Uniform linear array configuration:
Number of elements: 4
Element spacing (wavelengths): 0.5
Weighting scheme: binomial
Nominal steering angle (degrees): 15
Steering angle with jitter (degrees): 13.394
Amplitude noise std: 0.05
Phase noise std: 0.05

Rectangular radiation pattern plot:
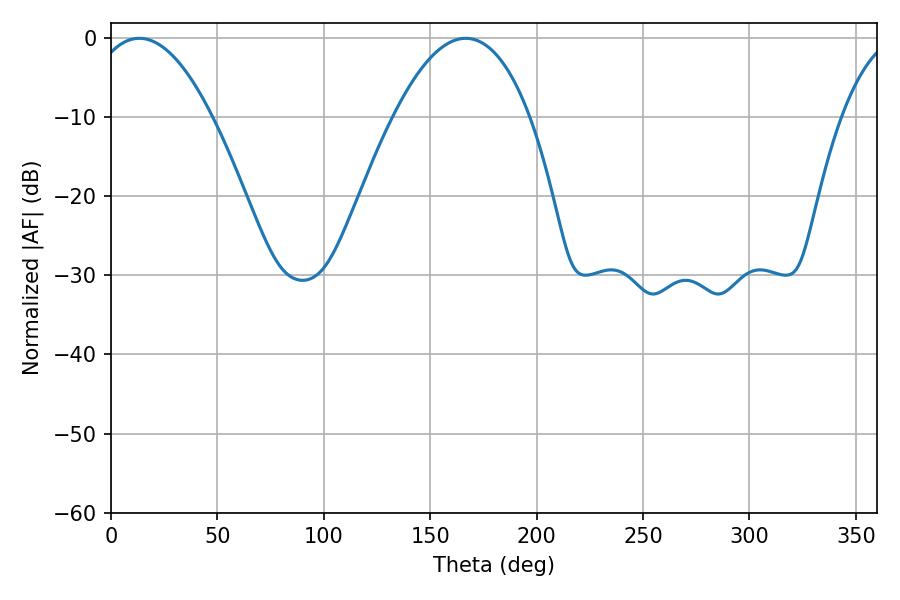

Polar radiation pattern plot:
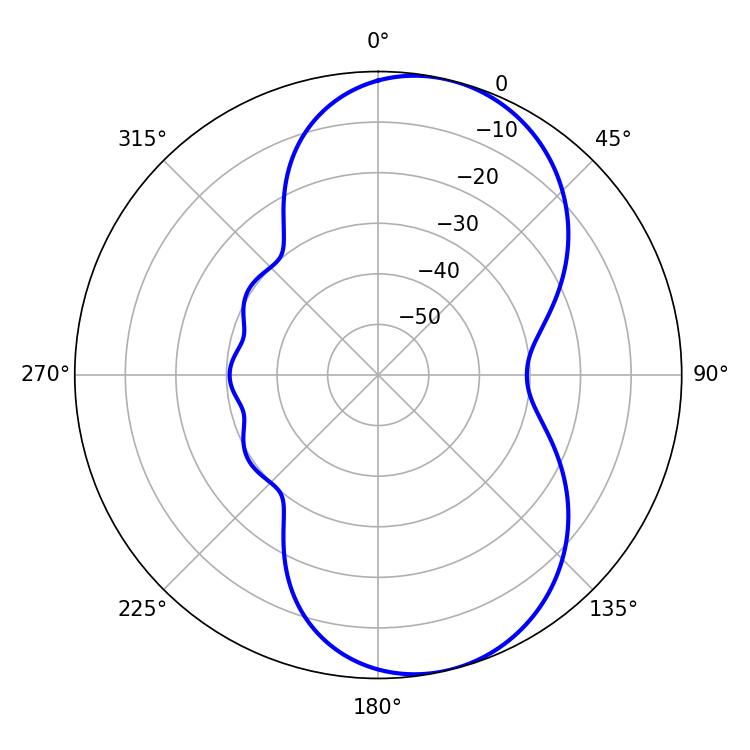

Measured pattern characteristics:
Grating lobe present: FALSE
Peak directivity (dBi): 7.918
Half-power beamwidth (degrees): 31.68
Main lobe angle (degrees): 13.32